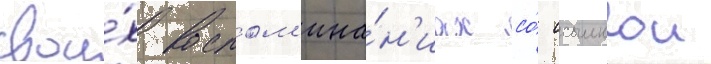
свои́х воспом'ина́н'иах со́ ссылкои